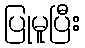
ပြုမူပြီး